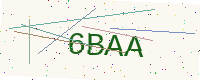
Text: 6BAA